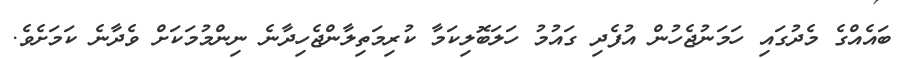
ބައެއްގެ މެދުގައި ހަމަނުޖެހުން އުފެދި ގައުމު ހަލަބޮލިކަމާ ކުރިމަތިލާންޖެހިދާނެ ނިންމުމަކަށް ވެދާނެ ކަމަށެވެ.